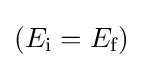
(E_{\text{i}}=E_{\text{f}})